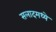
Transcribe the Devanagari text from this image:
सलादमध्ये